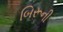
બિરૂની